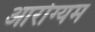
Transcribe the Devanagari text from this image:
आरोग्यम